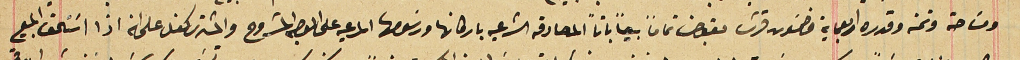
ومسَاحته وتمنه وقدره اربعماية وخمسَون قرش مقبوض تماماً بيعاً باتاً المصادقه الشرعيه باركانها ورسَومها المرعيه على الوجه المشروح والمشترى كفل على انه اذا اسَتحق المبيع